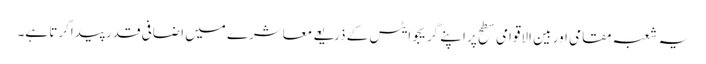
یہ شعبہ مقامی اور بین الاقوامی سطح پر اپنے گریجوایٹس کے ذریعے معاشرے میں اضافی قدر پیداکرتا ہے۔